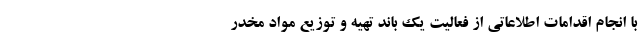
با انجام اقدامات اطلاعاتی از فعالیت یک باند تهیه و توزیع مواد مخدر